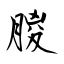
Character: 朡